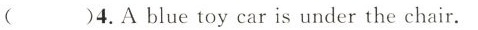
( )4.A blue toy caris under the chair.